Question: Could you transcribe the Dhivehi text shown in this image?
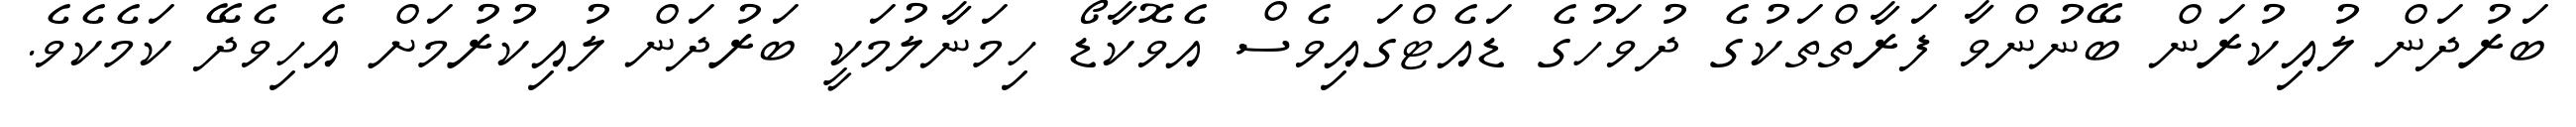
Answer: ބަރުދަން ލުއިކުރަން ބޭނުންވާ ފަރާތްތަކުގެ ދުވަހުގެ ޑައެޓްގައިވެސް އެވޮކާޑޯ ހިމަނާލުމަކީ ބަރުދަން ލުއިކުރުމަށް އެހިވެދޭ ކަމެކެވެ.